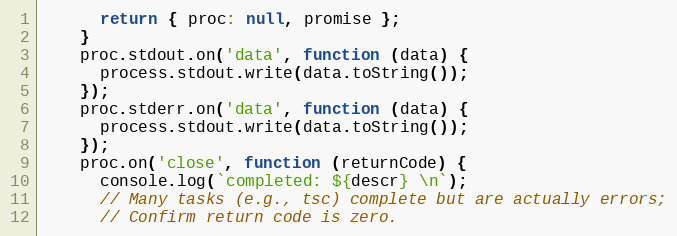
Language: JavaScript
      return { proc: null, promise };
    }
    proc.stdout.on('data', function (data) {
      process.stdout.write(data.toString());
    });
    proc.stderr.on('data', function (data) {
      process.stdout.write(data.toString());
    });
    proc.on('close', function (returnCode) {
      console.log(`completed: ${descr} \n`);
      // Many tasks (e.g., tsc) complete but are actually errors;
      // Confirm return code is zero.